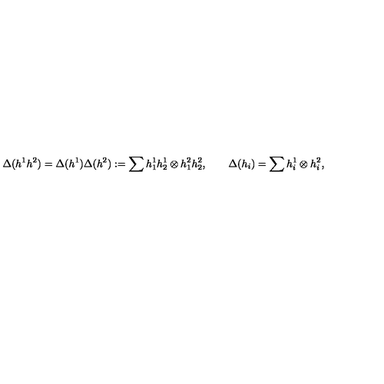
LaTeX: \Delta ( h ^ { 1 } h ^ { 2 } ) = \Delta ( h ^ { 1 } ) \Delta ( h ^ { 2 } ) : = \sum h _ { 1 } ^ { 1 } h _ { 2 } ^ { 1 } \otimes h _ { 1 } ^ { 2 } h _ { 2 } ^ { 2 } , \qquad \Delta ( h _ { i } ) = \sum h _ { i } ^ { 1 } \otimes h _ { i } ^ { 2 } ,